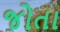
જોતા